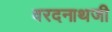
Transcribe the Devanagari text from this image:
वरदनाथजी